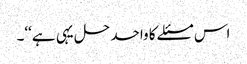
اس مسئلے کا واحد حل یہی ہے‘‘۔